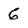
Character: 6